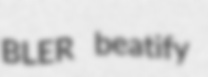
BLER beatify